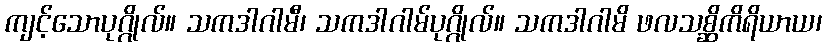
ကျင့်သောပုဂ္ဂိုလ်။ သကဒါဂါမီ၊ သကဒါဂါမ်ပုဂ္ဂိုလ်။ သကဒါဂါမိ ဖလသစ္ဆိကိရိယာယ၊